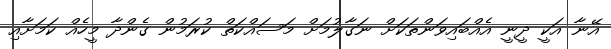
އޭނާ އަކީ ދީނީ އެއްބައިވަންތަކަށް ނަގާލުމަށް މަސައްކަތް ކުރަމުން ގެންދާ މީހެއް ކަމަށާއި